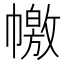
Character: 𢅎